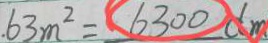
6 3 m ^ { 2 } = 6 3 0 0 d m